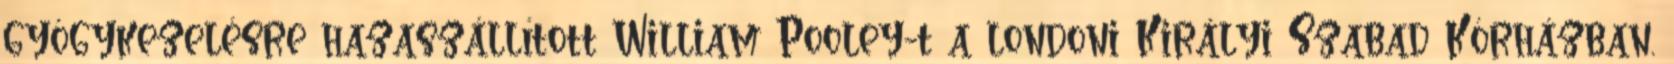
gyógykezelésre hazaszállított William Pooley-t a londoni Királyi Szabad Kórházban.